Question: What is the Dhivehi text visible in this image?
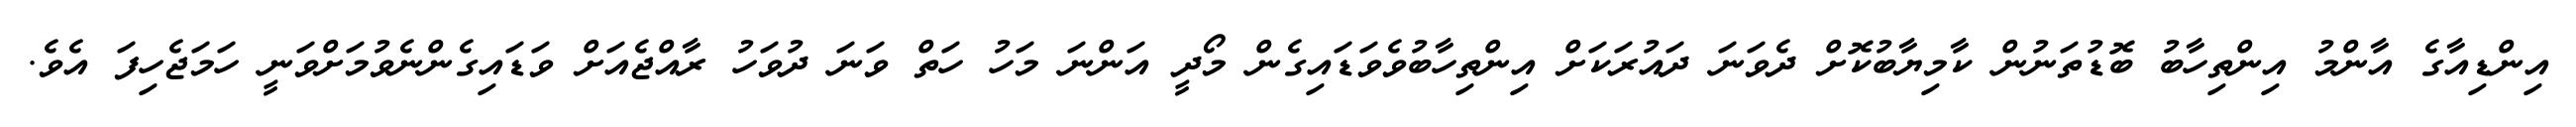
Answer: އިންޑިއާގެ އާންމު އިންތިހާބު ބޮޑުތަނުން ކާމިޔާބުކޮށް ދެވަނަ ދައުރަކަށް އިންތިހާބުވެވަޑައިގެން މޯދީ އަންނަ މަހު ހަތް ވަނަ ދުވަހު ރާއްޖެއަށް ވަޑައިގެންނެވުމަށްވަނީ ހަމަޖެހިފަ އެވެ.